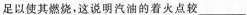
足以使其燃烧，这说明汽油的着火点较___